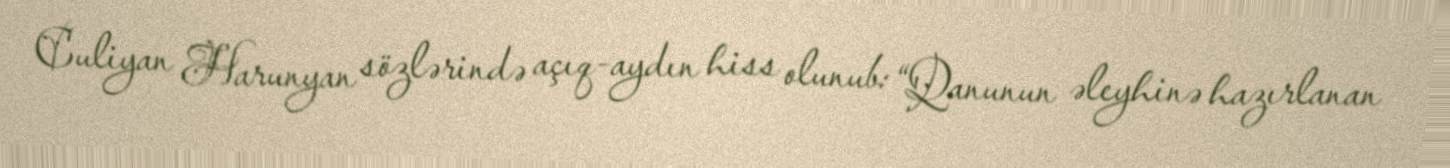
Culiyan Harunyan sözlərində açıq-aydın hiss olunub: “Qanunun əleyhinə hazırlanan